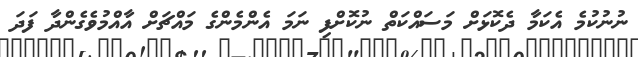
ނުނުކުމެ އެކަމާ ދެކޮޅަށް މަސައްކަތް ނުކޮށްފި ނަމަ އެންމެންގެ މައްޗަށް އާއްމުވެގެންދާ ފަދަ